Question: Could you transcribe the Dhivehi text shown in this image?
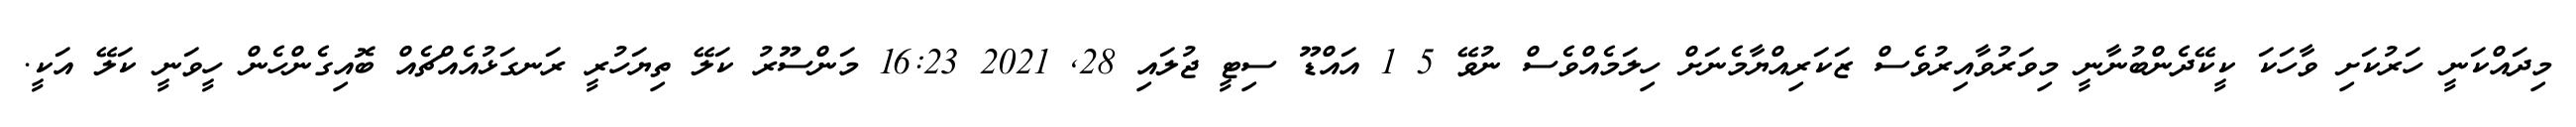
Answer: މިދައްކަނީ ހަރުކަށި ވާހަކަ ކީކޭދެންބުނާނީ މިވަރުވާއިރުވެސް ޒަކަރިއްޔާމެނަށް ހިލަމެއްވެސް ނުވޭ 5 1 އައްޑޫ ސިޓީ ޖުލައި 28, 2021 16:23 މަންސޫރު ކަލޭ ތިޔަހުރީ ރަނގަޅުއެއްޗެއް ބޮއިގެންހެން ހީވަނީ ކަލޭ އަކީ.